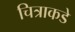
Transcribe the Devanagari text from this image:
चित्राकडे